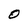
Character: O